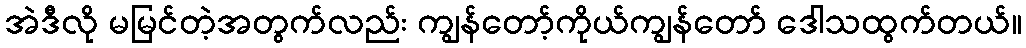
အဲဒီလို မမြင်တဲ့အတွက်လည်း ကျွန်တော့်ကိုယ်ကျွန်တော် ဒေါသထွက်တယ်။